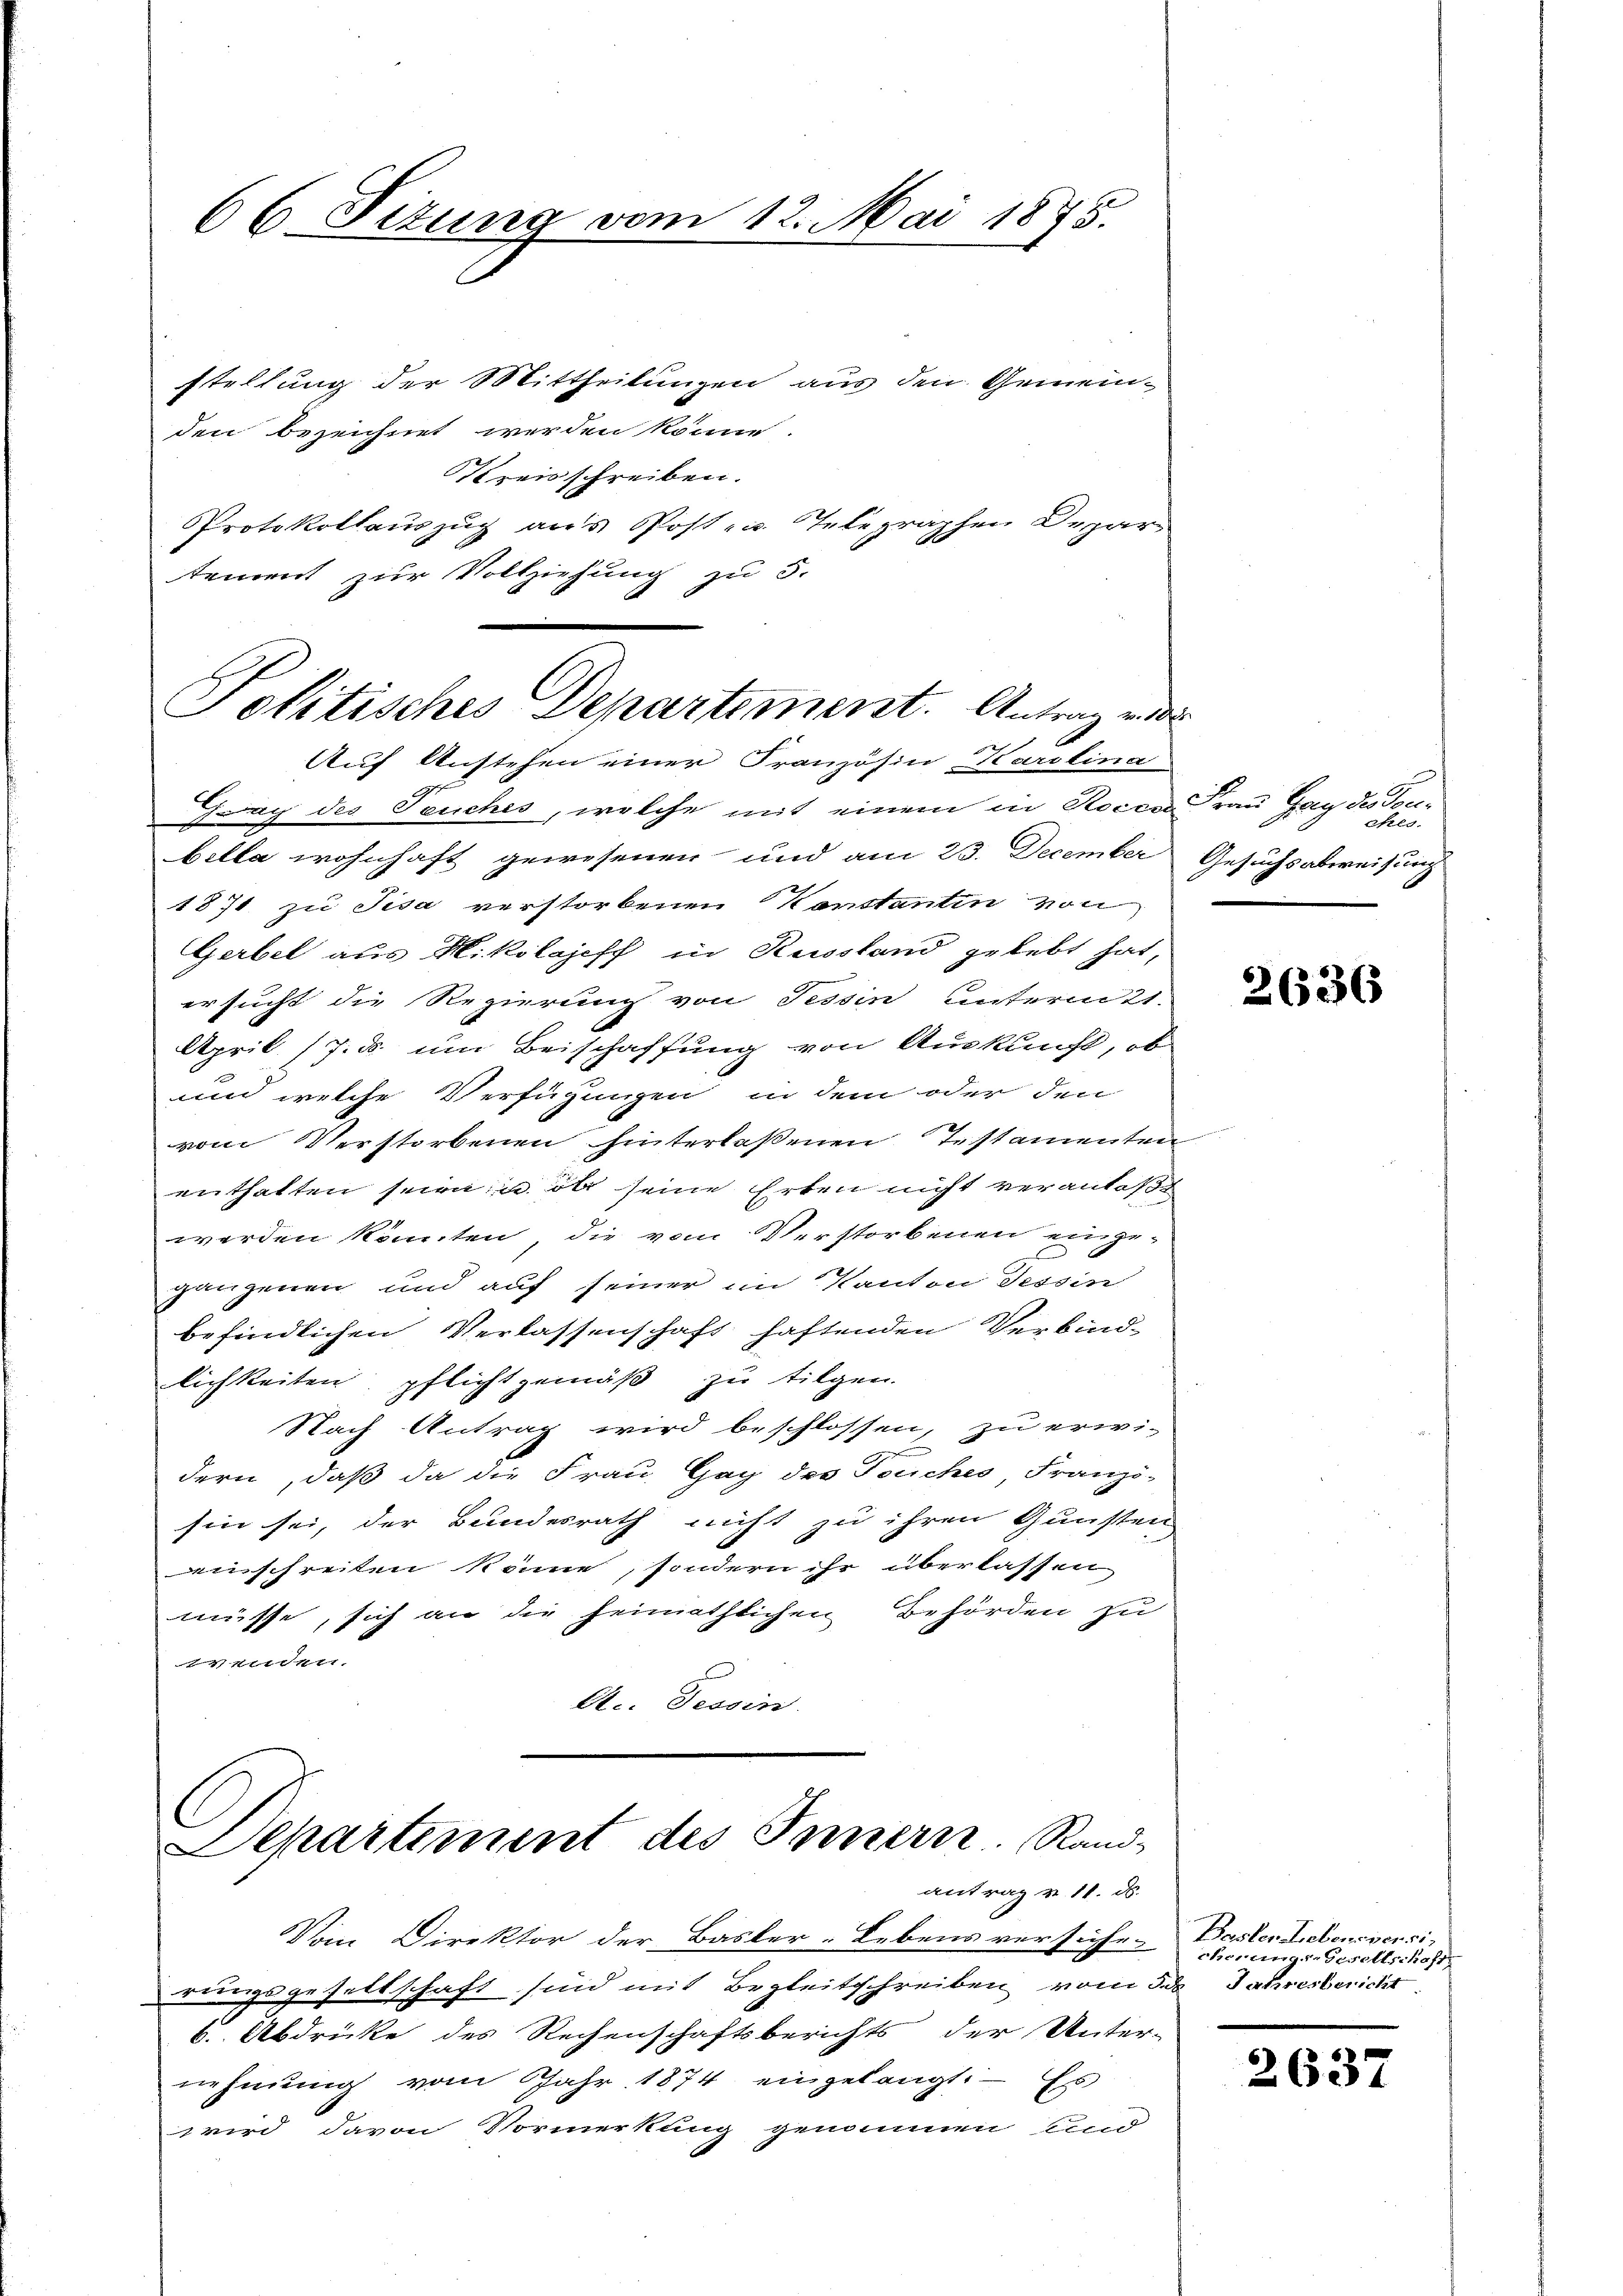
66 Sizung vom 12. Mai 1875.

stellung der Mittheilungen aus den Gemein-
den bezeichnet werden könne.
Kreisschreiben.
Protokollauszug aus Post- u. Telegraphen Departement zur Vollziehung zu 5.

Politisches Departement. Antragen
Auf Anstehen einer Französin Karolina

Gway des Teuches, welche mit einem in Roccarau Gay des Tonbella wohnhaft gewesenen und am 23. December Gesuchsabweisung
1871 zu Tisa verstorbenen Konstantin von
Gerbel aus Mikolajeff in Russland gelebt hat,
ersucht die Regierung von Tessin unterm 21.
April 17. d. um Beischaffung von Auskunft, ob
und welche Verfügungen in dem oder den
vom Verstorbenen hinterlaßenen Testamenten
enthalten seien u. ob seine Erben nicht veranlaße
werden könnten, die vom Verstorbenen einge-
ganzenen und auf seiner im Kanton Tessin
befindlichen Verlassenschaft haftenden Verbindlichkeiten pflichtgemäß zu tilgen.
Nach Antrag wird beschlossen, zu erwi-
u
dern, daß da die Frau Gag des Teuches Franzö-
sin sei, der Bundesrath nicht zu ihren Gunsten
einschreiten könne, sondern ihr überlassen,
müsse, sich an die heimathlichen Behörden zu
u
A.. Tessin.

Departiment des Innern. Rand-
antrag v. 11. d.

Vom Direktor der Basler-Lebens versiche-Förungs-Gesellscuss
rungsgesettschaft sind mit Begleitschreiben vom 5. d. Jahresbericht
v. Abdrücke des Rechenschaftsberichts der Unter-
nehmung vom Jahr 1874 eingelangt. — Es
wwird davon Vormerkung genommen sind

ctes.

2636

Basler Lebensversi-

2637